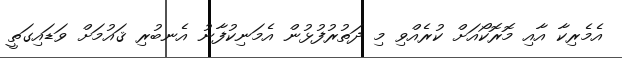
އެމެރިކާ އާއި މޮރޮކޯއަށް ކުރެއްވި މި ދަތުރުފުޅުން އެމަނިކުފާނު އެނބުރި ޤައުމަށް ވަޑައިގަތީ